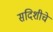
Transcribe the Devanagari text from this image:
सदिशीचे